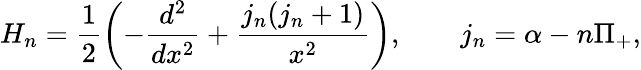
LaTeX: H_{n}=\frac{1}{2}\left(-\frac{d^{2}}{dx^{2}}+\frac{j_{n}(j_{n}+1)}{x^{2}}\right),\qquad j_{n}=\alpha-n\Pi_{+},